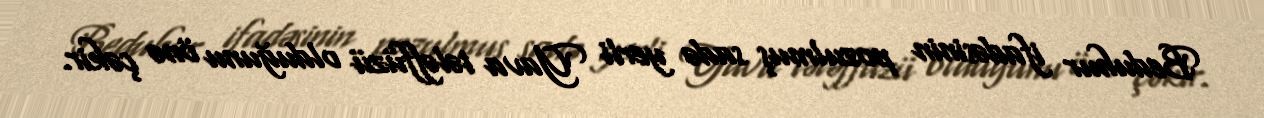
Beduhur ifadəsinin pozulmuş sadə yerli Yava tələffüzü olduğunu önə çəkir.